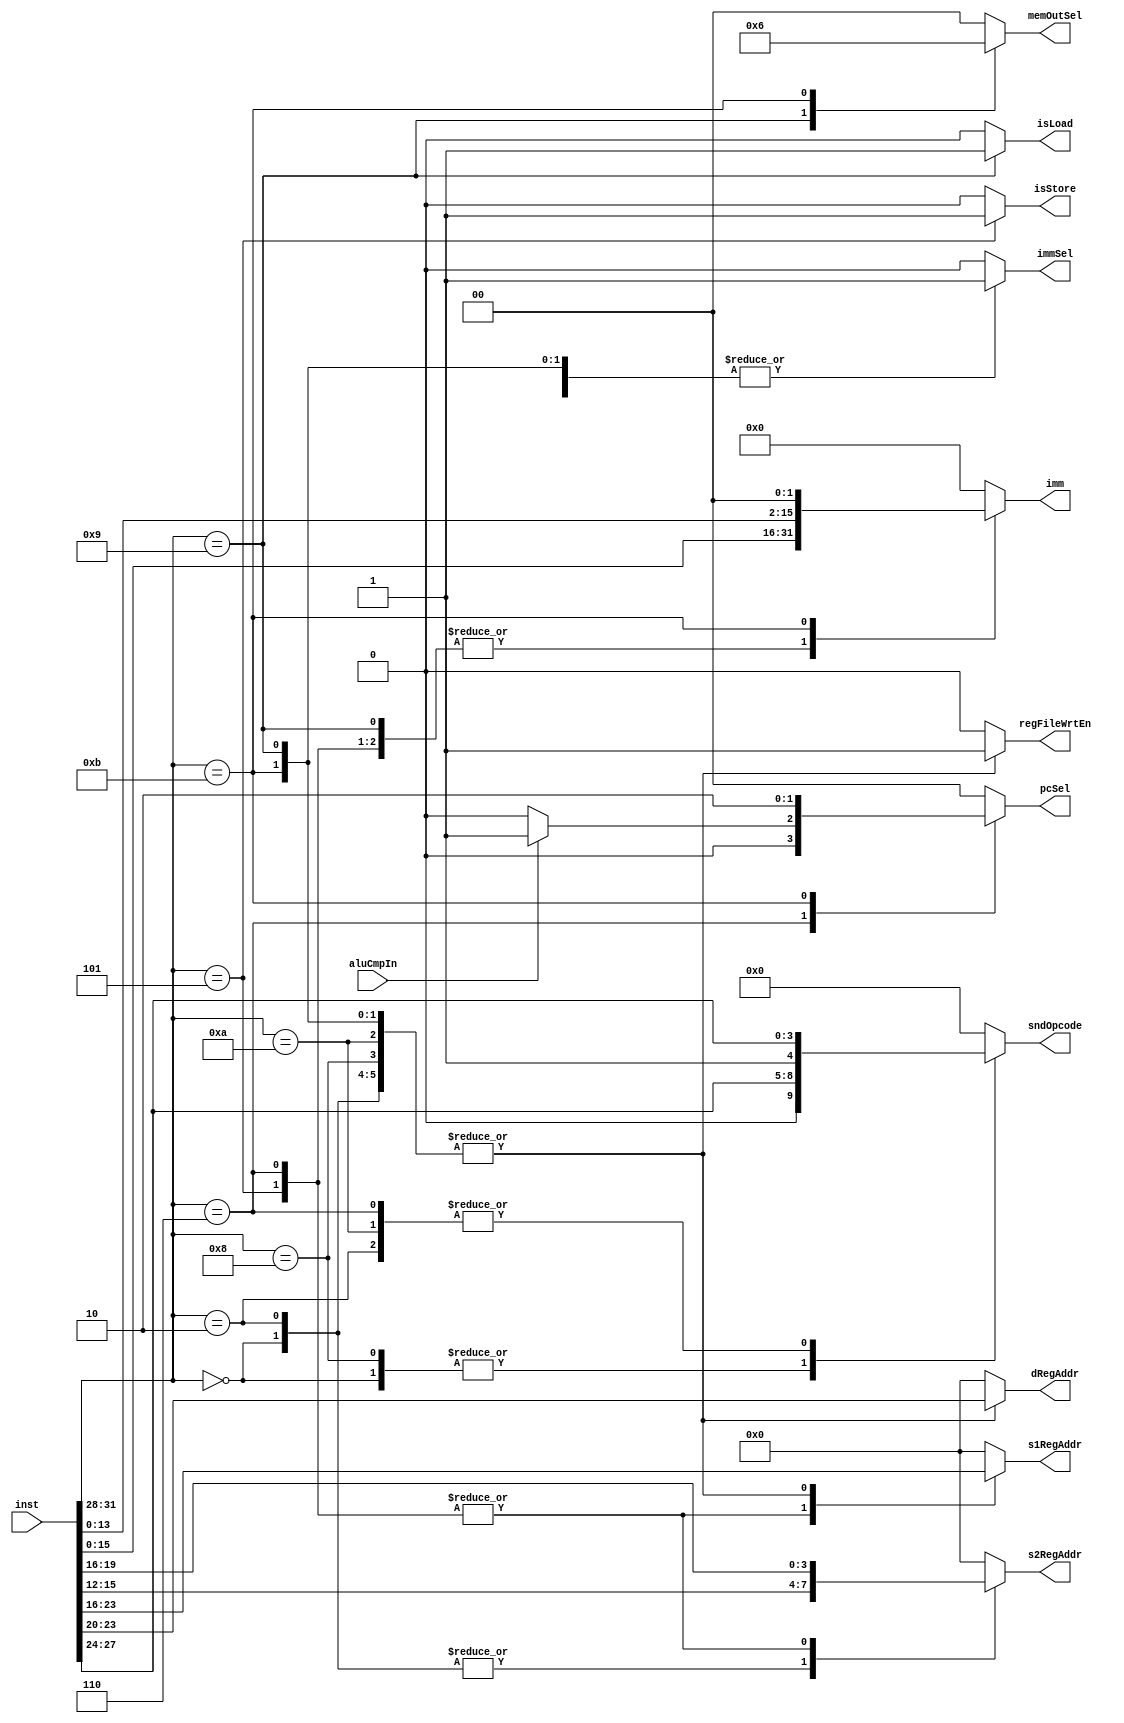
module Controller (inst, aluCmpIn, sndOpcode, dRegAddr, s1RegAddr, s2RegAddr, imm, regFileWrtEn, immSel, memOutSel, pcSel, isLoad, isStore);
	
	parameter INST_BIT_WIDTH = 32;
	
	// inputs
	input [INST_BIT_WIDTH-1:0] inst;
	input aluCmpIn;
	
	// output opcodes
	output reg [4: 0] sndOpcode;
	
	// register addresses
	output reg [3: 0] dRegAddr;
	output reg [3: 0] s1RegAddr;
	output reg [3: 0] s2RegAddr;
	
	// immediate value
	output reg [15: 0] imm;
	
	// control signals
	output reg regFileWrtEn;
	output reg immSel;  
	output reg [1:0] memOutSel;
	output reg [1:0] pcSel;
	output reg isLoad, isStore;
	
	always @(*)
	begin
		case(inst[31:28])
		4'b0000:begin // arithmetic
								sndOpcode 		<= {1'b0, inst[27:24]};
								dRegAddr  		<= inst[23:20];
								s1RegAddr 		<= inst[19:16];
								s2RegAddr 		<= inst[15:12];
								imm 		 		<= 16'd0;
								regFileWrtEn 	<= 1'b1; // write to register
								//dataWrtEn 		<= 1'b0; // no write to data memory
								immSel			<= 1'b0; // doesn't matter
								memOutSel		<= 2'b00; // doesn't matter
								pcSel 			<= 2'b00; // pc + 4
								isLoad 			<= 1'b0;
								isStore 			<= 1'b0;
							end
		4'b1000:begin // immediate arithmetic
								sndOpcode 		<= {1'b0, inst[27:24]};
								dRegAddr  		<= inst[23:20];
								s1RegAddr 		<= inst[19:16];
								s2RegAddr 		<= 4'd0;
								imm 		 		<= inst[15:0];
								regFileWrtEn 	<= 1'b1; // write to register
								//dataWrtEn 		<= 1'b0; // no write to data memory
								immSel			<= 1'b1; // get the data from immediate
								memOutSel		<= 2'b00; // doesn't matter
								pcSel 			<= 2'b00; // pc + 4
								isLoad 			<= 1'b0;
								isStore 			<= 1'b0;
							end
		4'b0010:begin // comparison
								sndOpcode 		<= {1'b1, inst[27:24]};
								dRegAddr  		<= inst[23:20];
								s1RegAddr 		<= inst[19:16];
								s2RegAddr 		<= inst[15:12];
								imm 		 		<= 16'd0;
								regFileWrtEn 	<= 1'b1; // write to register
								//dataWrtEn 		<= 1'b0; // no write to data memory
								immSel			<= 1'b0; // doesn't matter
								memOutSel		<= 2'b00; // doesn't matter
								pcSel 			<= 2'b00; // pc + 4
								isLoad 			<= 1'b0;
								isStore 			<= 1'b0;
							end
							
		4'b1010:begin // immediate comparison
								sndOpcode 		<= {1'b1, inst[27:24]};
								dRegAddr  		<= inst[23:20];
								s1RegAddr 		<= inst[19:16];
								s2RegAddr 		<= 4'd0;
								imm 		 		<= inst[15:0];
								regFileWrtEn 	<= 1'b1; // write to register
								//dataWrtEn 		<= 1'b0; // no write to data memory
								immSel			<= 1'b1; // get the data from immediate
								memOutSel		<= 2'b00; // doesn't matter
								pcSel 			<= 2'b00; // pc + 4
								isLoad 			<= 1'b0;
								isStore 			<= 1'b0;
							end
		4'b0110:begin // compare and branch
								sndOpcode 		<= {1'b1, inst[27:24]};
								dRegAddr  		<= 4'd0;
								s1RegAddr 		<= inst[23:20];
								s2RegAddr 		<= inst[19:16];
								imm 		 		<= inst[15:0]; // relative pc
								regFileWrtEn 	<= 1'b0; // no write to register
								//dataWrtEn 		<= 1'b0; // no write to data memory
								immSel			<= 1'b0; // relative pc
								memOutSel		<= 2'b00; // doesn't matter
								if(aluCmpIn)
									pcSel 		<= 2'b01; // branch
								else
									pcSel	  		<= 2'b00; // do not branch
								isLoad 			<= 1'b0;
								isStore 			<= 1'b0;
							end
		4'b1001:begin // load instruction
								sndOpcode 		<= 5'b00000;
								dRegAddr  		<= inst[23:20];
								s1RegAddr 		<= inst[19:16];
								s2RegAddr 		<= 4'd0;
								imm 		 		<= inst[15:0]; // relative pc
								regFileWrtEn 	<= 1'b1; // write to register
								//dataWrtEn 		<= 1'b0; // no write to data memory
								immSel			<= 1'b1; // relative pc
								memOutSel		<= 2'b01; // load data from memory
								pcSel 			<= 2'b00; // pc + 4
								isLoad 			<= 1'b1;
								isStore 			<= 1'b0;
							end
		4'b0101:begin // store instruction
								sndOpcode 		<= 5'b00000;
								dRegAddr  		<= 4'd0;
								s1RegAddr 		<= inst[23:20];
								s2RegAddr 		<= inst[19:16];
								imm 		 		<= inst[15:0]; // relative pc
								regFileWrtEn 	<= 1'b0; // no write to register
								//dataWrtEn 		<= 1'b1; // write to data memory
								immSel			<= 1'b1; // relative pc
								memOutSel		<= 2'b00; // load data from memory
								pcSel 			<= 2'b00; // pc + 4
								isLoad 			<= 1'b0;
								isStore 			<= 1'b1;
							end
		4'b1011:begin // JAL instruction
								sndOpcode 		<= 5'b00000; // addition
								dRegAddr  		<= inst[23:20];
								s1RegAddr 		<= inst[19:16];
								s2RegAddr 		<= 4'd0;
								imm 		 		<= inst[15:0] << 2; // relative pc
								regFileWrtEn 	<= 1'b1; // no write to register
								//dataWrtEn 		<= 1'b0; // no write to data memory
								immSel			<= 1'b1; // relative pc
								memOutSel		<= 2'b10; // load data from memory
								pcSel 			<= 2'b10; // pc + 4
								isLoad 			<= 1'b0;
								isStore 			<= 1'b0;
							end
		default:begin
								sndOpcode 		<= 5'd0;
								dRegAddr  		<= 4'd0;
								s1RegAddr 		<= 4'd0;
								s2RegAddr 		<= 4'd0;
								imm 		 		<= 15'd0; // relative pc
								regFileWrtEn 	<= 1'b0; // no write to register
								//dataWrtEn 		<= 1'b0; // no write to data memory
								immSel			<= 1'b0; // relative pc
								memOutSel		<= 2'b00; // load data from memory
								pcSel 			<= 2'b00; // pc + 4
								isLoad 			<= 1'b0;
								isStore 			<= 1'b0;
					end
				
		endcase
	end
endmodule